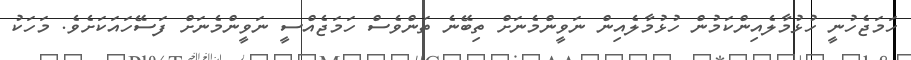
ހަމަޖެހުނީ ހުޅުމާލެއިންކަމުން ހުޅުމާލެއިން ނަވީންމެނަށް ތިބޭނެ ތަންވެސް ހަމަޖެއްސީ ނަވީންމެނަށް ފަސޭހައަކަށެވެ. މަހަކު